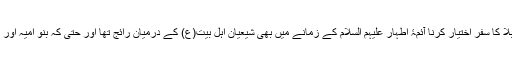
محمد علی قاضی طباطبائی لکھتے ہیں کہ اربعین کے دن کربلا کا سفر اختیار کرنا آئمۂ اطہار علیہم السلام کے زمانے میں بھی شیعیان اہل بیت(ع) کے درمیان رائج تھا اور حتی کہ بنو امیہ اور بنو عباس کے زمانے میں بھی شیعہ اس سفر کے پابند تھے۔